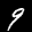
Label: 9